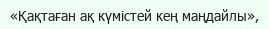
«Қақтаған ақ күмістей кең маңдайлы»,